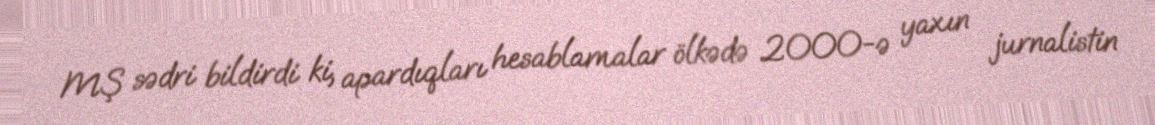
MŞ sədri bildirdi ki, apardıqları hesablamalar ölkədə 2000-ə yaxın jurnalistin